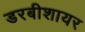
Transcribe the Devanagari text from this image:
डरबीशायर